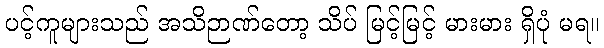
ပင့်ကူများသည် အသိဉာဏ်တော့ သိပ် မြင့်မြင့် မားမား ရှိပုံ မရ။